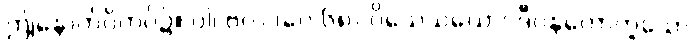
ဤနောက်ဝိကပ်၌။ ဝါ၊ ဗလ (ပေ ၆၈) ဝိသေသယောဂဒီပနတောဟူသော